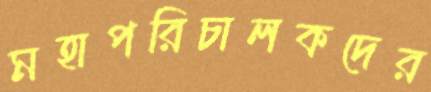
মহাপরিচালকদের